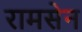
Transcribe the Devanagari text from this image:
रामसेन